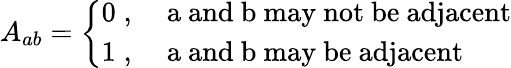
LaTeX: A_{ab}=\left\{ \begin{array}{ll}{{0\; ,}}&{{\mathrm{~a~and~b~may~not~be~adjacent}}}\\ {{1\; ,}}&{{\mathrm{~a~and~b~may~be~adjacent}}}\end{array}\right.